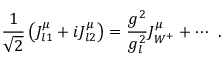
\frac { 1 } { \sqrt { 2 } } \left( J _ { l 1 } ^ { \mu } + i J _ { l 2 } ^ { \mu } \right) = \frac { g ^ { 2 } } { g _ { l } ^ { 2 } } J _ { W ^ { + } } ^ { \mu } + \cdots \ .